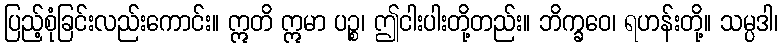
ပြည့်စုံခြင်းလည်းကောင်း။ ဣတိ ဣမာ ပဉ္စ၊ ဤငါးပါးတို့တည်း။ ဘိက္ခဝေ၊ ရဟန်းတို့။ သမ္ပဒါ၊